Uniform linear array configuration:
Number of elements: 16
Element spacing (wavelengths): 1
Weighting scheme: uniform
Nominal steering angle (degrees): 15
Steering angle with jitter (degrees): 14.709
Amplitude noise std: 0.05
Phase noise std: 0.05

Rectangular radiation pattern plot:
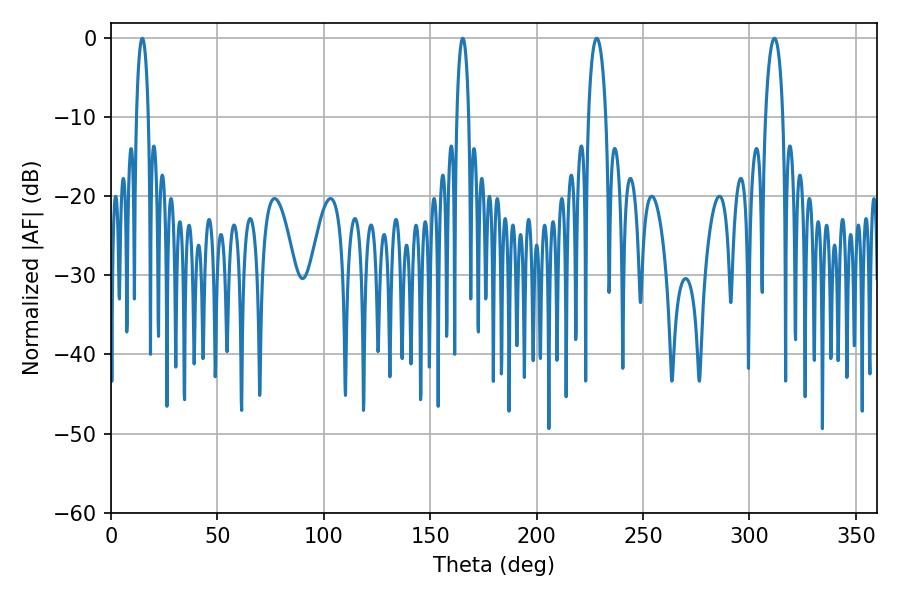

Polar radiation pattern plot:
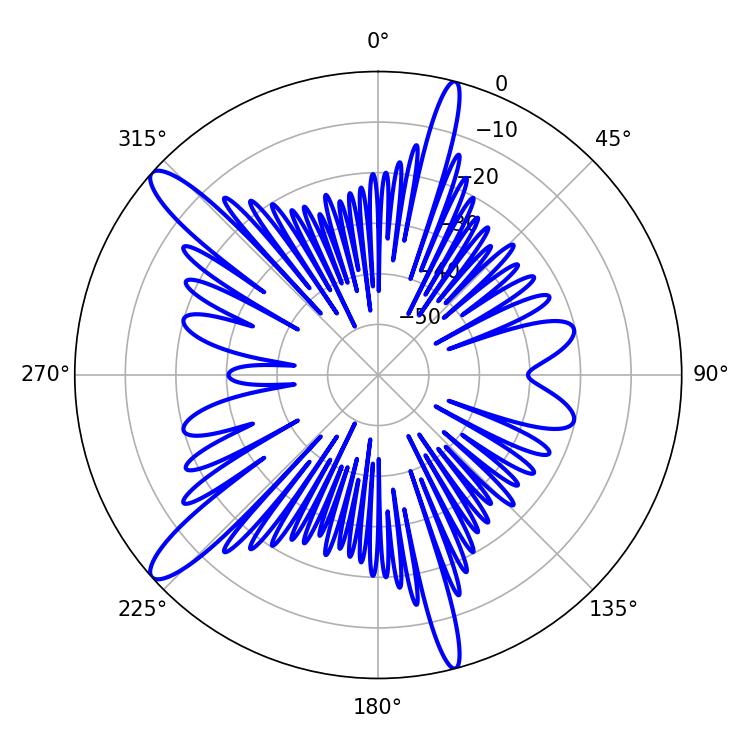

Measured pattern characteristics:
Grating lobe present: TRUE
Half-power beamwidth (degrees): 4.68
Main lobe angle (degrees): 228.24